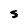
Character: S